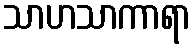
သာဟသာကာရာ